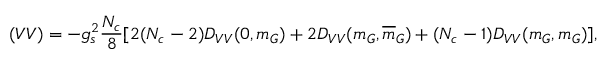
( V V ) = - g _ { s } ^ { 2 } { \frac { N _ { c } } { 8 } } [ 2 ( N _ { c } - 2 ) D _ { V V } ( 0 , m _ { G } ) + 2 D _ { V V } ( m _ { G } , \overline { { { m } } } _ { G } ) + ( N _ { c } - 1 ) D _ { V V } ( m _ { G } , m _ { G } ) ] ,